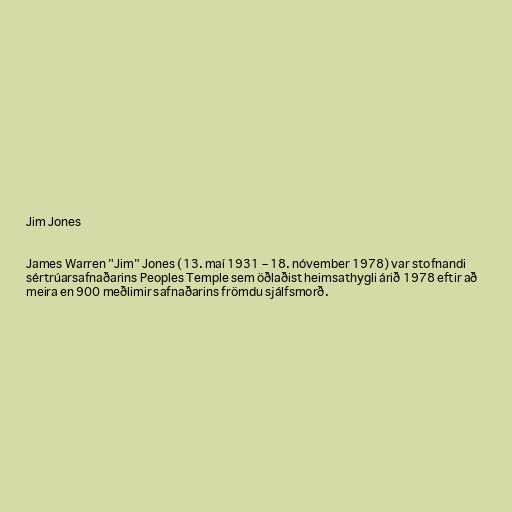
Jim Jones

James Warren "Jim" Jones (13. maí 1931 – 18. nóvember 1978) var stofnandi
sértrúarsafnaðarins Peoples Temple sem öðlaðist heimsathygli árið 1978 eftir að
meira en 900 meðlimir safnaðarins frömdu sjálfsmorð.